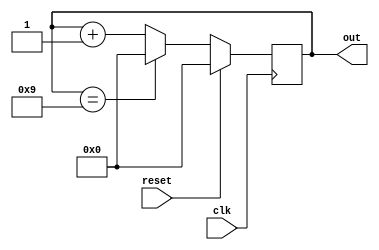
`timescale 1ns / 1ps
//////////////////////////////////////////////////////////////////////////////////
// Company: 
// Engineer: 
// 
// Design Name: 
// Module Name: dcout4b
// Project Name: 
// Target Devices: 
// Tool Versions: 
// Description: 
// 
// Dependencies: 
// 
// Revision:
// Revision 0.01 - File Created
// Additional Comments:
// 
//////////////////////////////////////////////////////////////////////////////////


module dcout4b(clk,reset,out);
   input clk;
   input reset;
   output[3:0] out;
   reg[3:0] out;   
   initial out = 0; 
   
   always@(posedge clk) 
   begin
   if(reset == 1)
       out = 0;
   else begin
       if(out == 4'b1001)
           out <= 0;
       else
           out <= out +1;
       end
   end  

endmodule